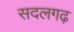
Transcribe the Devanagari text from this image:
सदलगढ़